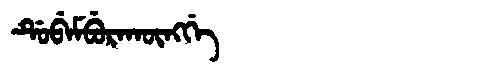
Manchu: ᡩᡠᠪᡝᠮᠪᡠᡵᠠᡴᡡᠩᡤᡝ
Romanization: DUBEMBURAKŪNGGE